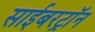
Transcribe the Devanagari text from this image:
साईबरट्राॅन